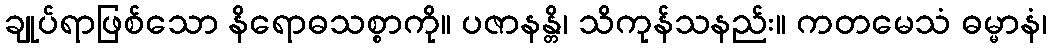
ချုပ်ရာဖြစ်သော နိရောဓသစ္စာကို။ ပဇာနန္တိ၊ သိကုန်သနည်း။ ကတမေသံ ဓမ္မာနံ၊